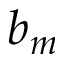
b _ { m }